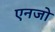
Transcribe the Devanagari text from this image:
एनजो